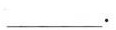
___